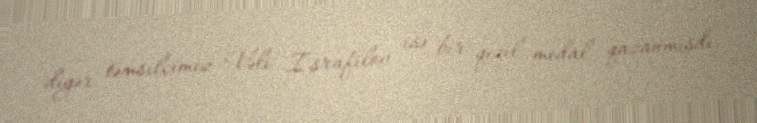
digər təmsilçimiz Vəli İsrafilov isə bir qızıl medal qazanmışdı.